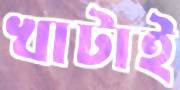
খাটাই